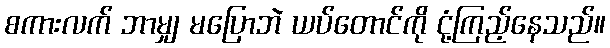
စကားလက် ဘာမျှ မပြောဘဲ ယပ်တောင်ကို ငုံ့ကြည့်နေသည်။